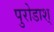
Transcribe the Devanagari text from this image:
पुरोडाश्